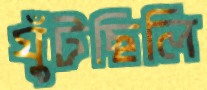
ঘুঁটছিলি